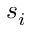
s _ { i }